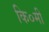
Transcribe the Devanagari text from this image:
कि०मी